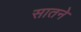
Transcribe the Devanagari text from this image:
सातने